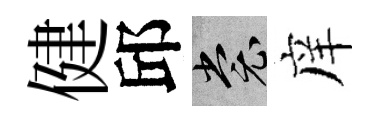
健邱裳庠